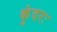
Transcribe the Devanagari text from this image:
कुंदरः